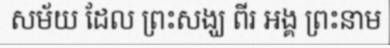
សម័យ ដែល ព្រះសង្ឃ ពីរ អង្គ ព្រះនាម